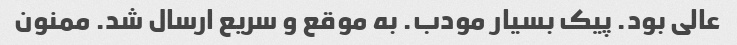
عالی بود. پیک بسیار مودب. به موقع و سریع ارسال شد. ممنون